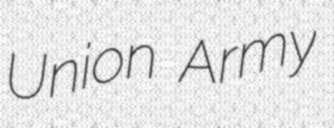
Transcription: Union Army